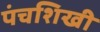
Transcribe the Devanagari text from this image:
पंचशिखी